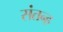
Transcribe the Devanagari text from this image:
संतन्ह